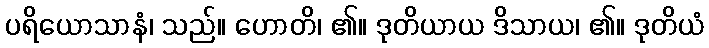
ပရိယောသာနံ၊ သည်။ ဟောတိ၊ ၏။ ဒုတိယာယ ဒိသာယ၊ ၏။ ဒုတိယံ